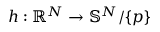
h : \mathbb { R } ^ { N } \rightarrow \mathbb { S } ^ { N } / \{ p \}